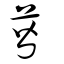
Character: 蒈